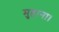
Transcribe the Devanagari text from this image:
मुहाना।